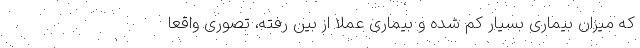
که میزان بیماری بسیار کم شده و بیماری عملا از بین رفته، تصوری واقعا